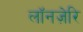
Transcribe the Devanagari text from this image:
लॉनज़ेरि